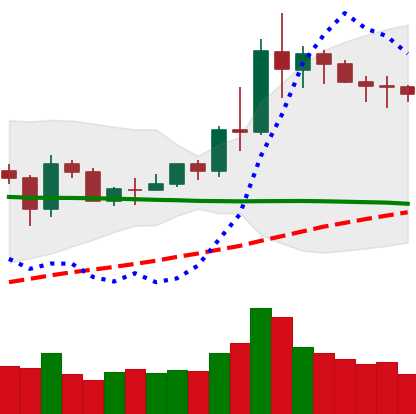
Ticker: NEO-USD
Chart end date: 2020-06-08
Forward return: -4.747%
Label: down_3_5